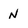
Character: N